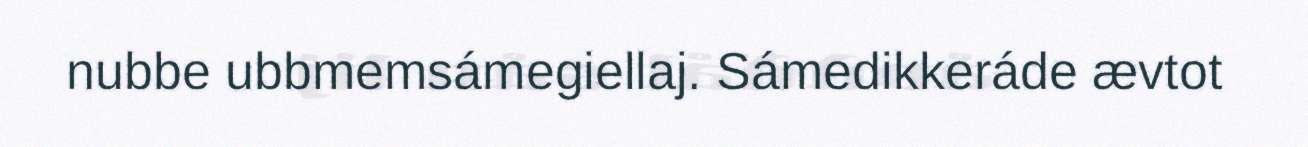
nubbe ubbmemsámegiellaj. Sámedikkeráde ævtot